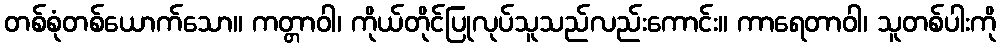
တစ်စုံတစ်ယောက်သော။ ကတ္တာဝါ၊ ကိုယ်တိုင်ပြုလုပ်သူသည်လည်းကောင်း။ ကာရေတာဝါ၊ သူတစ်ပါးကို